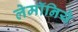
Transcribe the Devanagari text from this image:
लेमॉनिये